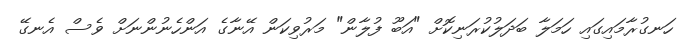
ހަނގުރާމައިގައި ހަމަލާ ބަދަލުކުރަނިކޮށް "އަބޫ ފުލާން" މަރުވިކަން އޭނާގެ އަންހެނުންނަށް ވެސް އެނގޭ